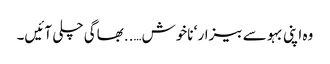
وہ اپنی بہو سے بیزار ‘ ناخوش…..بھاگی چلی آئیں۔